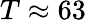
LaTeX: T\approx 63